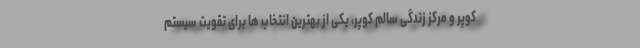
کوپر و مرکز زندگی سالم کوپر، یکی از بهترین انتخاب ها برای تقویت سیستم